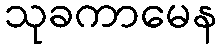
သုခကာမေန